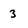
Character: 3